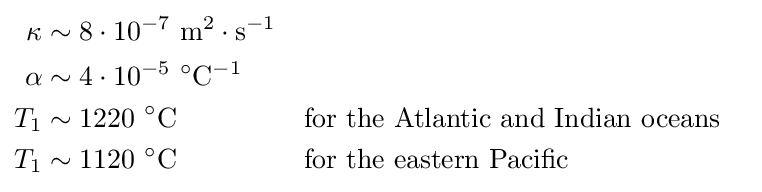
{\begin{aligned}\kappa &\sim 8\cdot 10^{-7}\ \mathrm {m} ^{2}\cdot \mathrm {s} ^{-1}\\\alpha &\sim 4\cdot 10^{-5}\ {}^{\circ }\mathrm {C} ^{-1}\\T_{1}&\sim 1220\ {}^{\circ }\mathrm {C} &&{\text{for the Atlantic and Indian oceans}}\\T_{1}&\sim 1120\ {}^{\circ }\mathrm {C} &&{\text{for the eastern Pacific}}\end{aligned}}